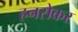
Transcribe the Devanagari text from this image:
हनसेकर